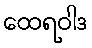
ထေရဝါဒ